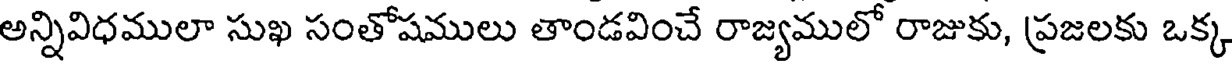
అన్నివిధములా సుఖ సంతోషములు తాండవించే రాజ్యములో రాజుకు, ప్రజలకు ఒక్క